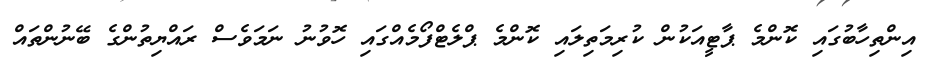
އިންތިހާބުގައި ކޮންމެ ޕާޓީއަކުން ކުރިމަތިލައި ކޮންމެ ޕްލެޓްފޯމެއްގައި ހޮވުނު ނަމަވެސް ރައްޔިތުންގެ ބޭނުންތައް